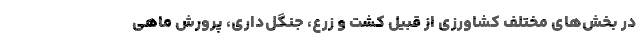
در بخش‌های مختلف کشاورزی از قبیل کشت ‌و زرع، جنگل‌داری، پرورش ماهی